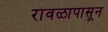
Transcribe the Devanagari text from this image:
रावळापासून